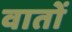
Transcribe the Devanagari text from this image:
वातों